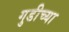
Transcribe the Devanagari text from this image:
गुडीच्या